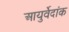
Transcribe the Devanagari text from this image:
आयुर्वेदांक